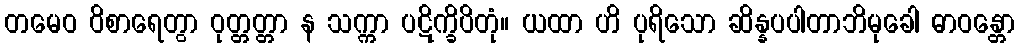
တမေဝ ဝိစာရေတွာ ဝုတ္တတ္တာ န သက္ကာ ပဋိက္ခိပိတုံ။ ယထာ ဟိ ပုရိသော ဆိန္နပပါတာဘိမုခေါ ဓာဝန္တော